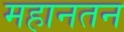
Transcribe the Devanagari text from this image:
महानतन